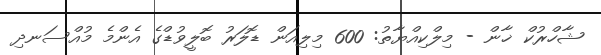
ޝާހްރުކް ޚާން - މިލްކިއްޔާތު: 600 މިލިއަން ޑޮލަރު ބޮލީވުޑްގެ އެންމެ މުއްސަނދި